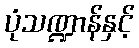
ပုံသဏ္ဍာန်နှင့်